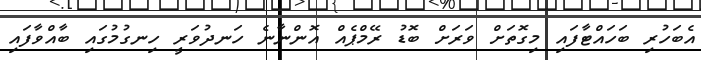
އެބަހުރި ބަހައްޓާފައި މިގޮތަށް ވަރަށް ބޮޑު ރޭމްޕެއް އޮންނާނެ ހަނދުވަރީ ހިނގުމުގައި ބާއްވާފައި